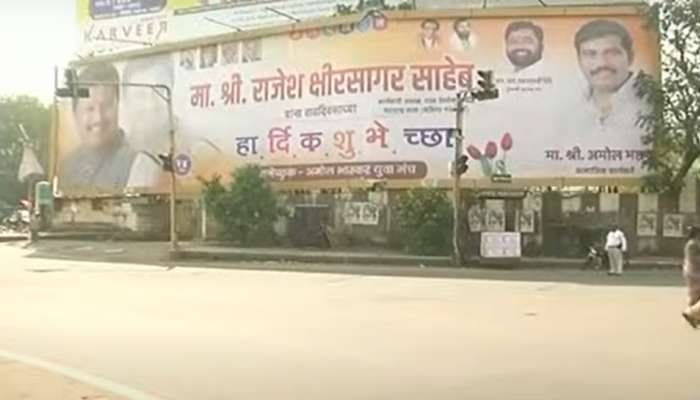
Language: marathi
Transcription: श्रीरसागर हा र्दि क शु भे च्छा अमोल राजेश साहेब